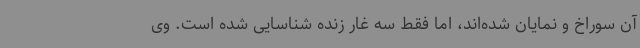
آن سوراخ و نمایان شده‌اند، اما فقط سه غار زنده شناسایی شده است. وی